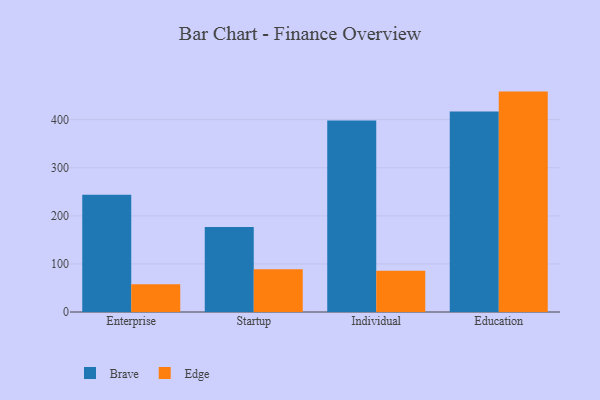
{"axis": {"x": "Segment", "y": "Net Income (USD K)"}, "legend": ["Brave", "Edge"], "data": [{"x": "Enterprise", "y": 243.7, "type": "Brave"}, {"x": "Enterprise", "y": 57.6, "type": "Edge"}, {"x": "Startup", "y": 176.8, "type": "Brave"}, {"x": "Startup", "y": 88.7, "type": "Edge"}, {"x": "Individual", "y": 398.5, "type": "Brave"}, {"x": "Individual", "y": 85.7, "type": "Edge"}, {"x": "Education", "y": 417.0, "type": "Brave"}, {"x": "Education", "y": 458.4, "type": "Edge"}]}